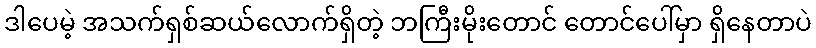
ဒါပေမဲ့ အသက်ရှစ်ဆယ်လောက်ရှိတဲ့ ဘကြီးမိုးတောင် တောင်ပေါ်မှာ ရှိနေတာပဲ